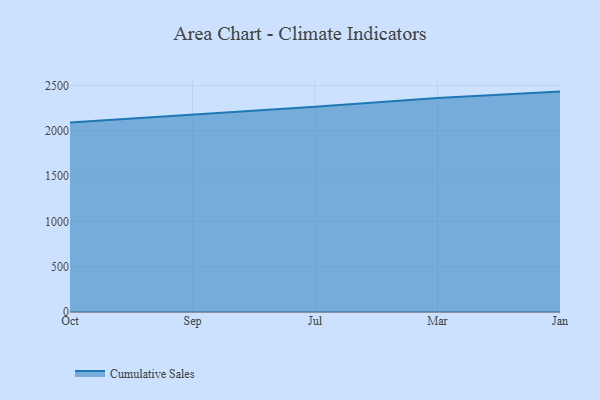
{"axis": {"x": "Month", "y": "Market Share (%)"}, "legend": ["Cumulative Sales"], "data": [{"x": "Oct", "y": 2091.9, "type": "Cumulative Sales"}, {"x": "Sep", "y": 2176.2, "type": "Cumulative Sales"}, {"x": "Jul", "y": 2265.0, "type": "Cumulative Sales"}, {"x": "Mar", "y": 2360.7, "type": "Cumulative Sales"}, {"x": "Jan", "y": 2432.0, "type": "Cumulative Sales"}]}